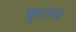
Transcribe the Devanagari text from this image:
फुटाला